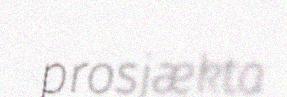
prosjækta